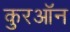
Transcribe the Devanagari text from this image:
कुरऑन